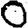
Digit: 0